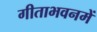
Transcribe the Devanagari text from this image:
गीताभवनमें